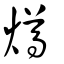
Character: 燇